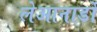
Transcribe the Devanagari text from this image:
लेआनार्डो